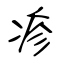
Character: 疹